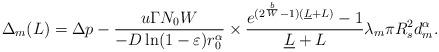
LaTeX: \begin{align*} {\Delta _m}(L) = \Delta p - \frac{{u\Gamma {N_0}W}}{{ - D\ln (1 - \varepsilon ) r_0^\alpha}} \times \frac{{{e^{({2^{\frac{b}{W}}} - 1)({\underline L} + L)}} - 1}}{{{\underline L} + L}}{\lambda _m}\pi R_s^2d_m^\alpha.\end{align*}